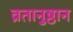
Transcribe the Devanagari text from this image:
व्रतानुष्ठान